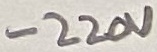
Text: -220V